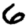
Digit: 6